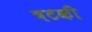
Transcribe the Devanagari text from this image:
षटकी